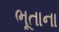
ભૂતાના